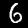
Label: 6